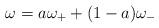
LaTeX: \begin{align*}\omega=a\omega_++(1-a)\omega_-\end{align*}